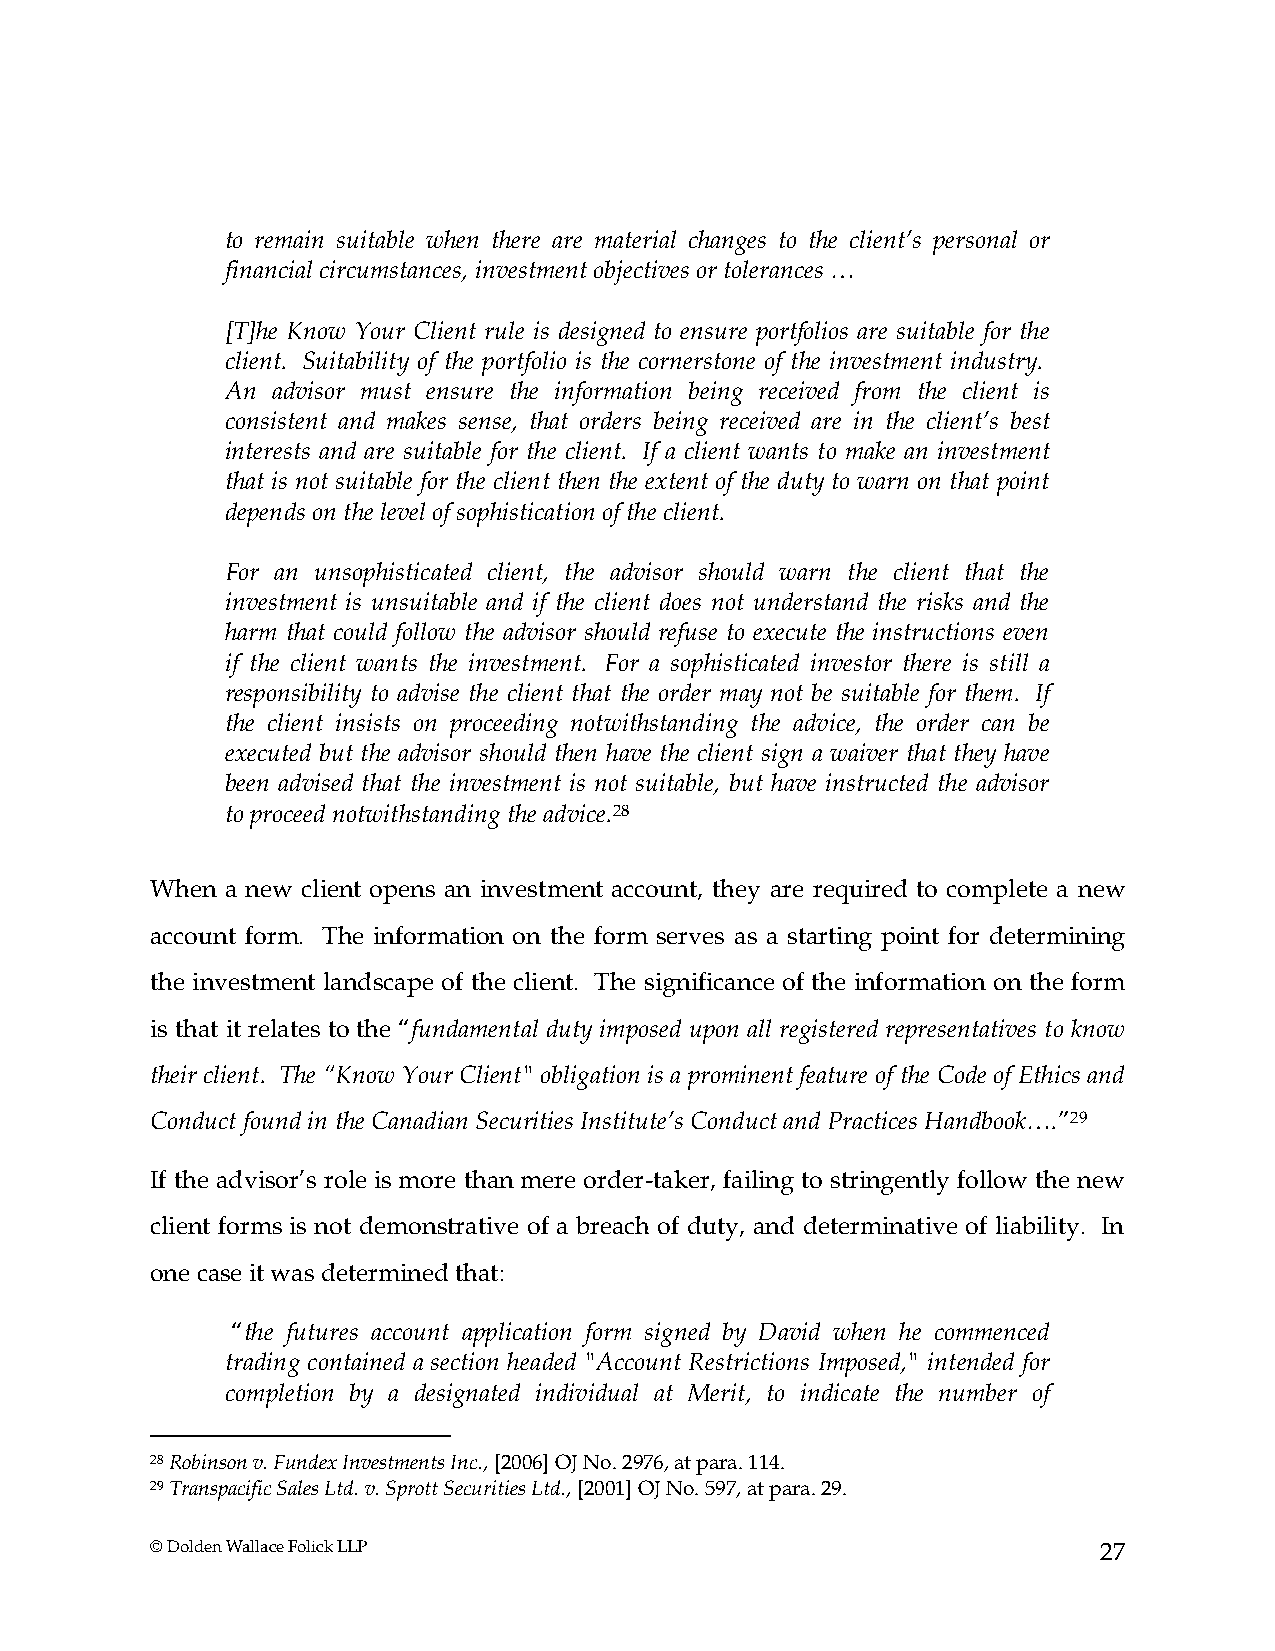
to remain suitable when there are material changes to the client’s personal or
 financial circumstances, investment objectives or tolerances …
 [T]he Know Your Client rule is designed to ensure portfolios are suitable for the
 client. Suitability of the portfolio is the cornerstone of the investment industry.
 An advisor must ensure the information being received from the client is
 consistent and makes sense, that orders being received are in the client’s best
 interests and are suitable for the client. If a client wants to make an investment
 that is not suitable for the client then the extent of the duty to warn on that point
 depends on the level of sophistication of the client.
 For an unsophisticated client, the advisor should warn the client that the
 investment is unsuitable and if the client does not understand the risks and the
 harm that could follow the advisor should refuse to execute the instructions even
 if the client wants the investment. For a sophisticated investor there is still a
 responsibility to advise the client that the order may not be suitable for them. If
 the client insists on proceeding notwithstanding the advice, the order can be
 executed but the advisor should then have the client sign a waiver that they have
 been advised that the investment is not suitable, but have instructed the advisor
 to proceed notwithstanding the advice.28
 When a new client opens an investment account, they are required to complete a new
 account form. The information on the form serves as a starting point for determining
 the investment landscape of the client. The significance of the information on the form
 is that it relates to the “fundamental duty imposed upon all registered representatives to know
 their client. The “Know Your Client" obligation is a prominent feature of the Code of Ethics and
 Conduct found in the Canadian Securities Institute’s Conduct and Practices Handbook….”29
 If the advisor’s role is more than mere order-taker, failing to stringently follow the new
 client forms is not demonstrative of a breach of duty, and determinative of liability. In
 one case it was determined that:
 “the futures account application form signed by David when he commenced
 trading contained a section headed "Account Restrictions Imposed," intended for
 completion by a designated individual at Merit, to indicate the number of
 28 Robinson v. Fundex Investments Inc., [2006] OJ No. 2976, at para. 114.
 29 Transpacific Sales Ltd. v. Sprott Securities Ltd., [2001] OJ No. 597, at para. 29.
 © Dolden Wallace Folick LLP                                    27